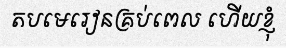
តបមេរៀនគ្រប់ពេល ហើយខ្ញុំ